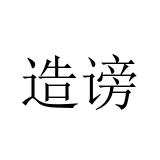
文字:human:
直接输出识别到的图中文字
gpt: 造谤